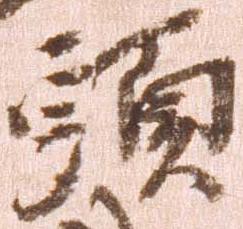
頭